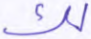
لك